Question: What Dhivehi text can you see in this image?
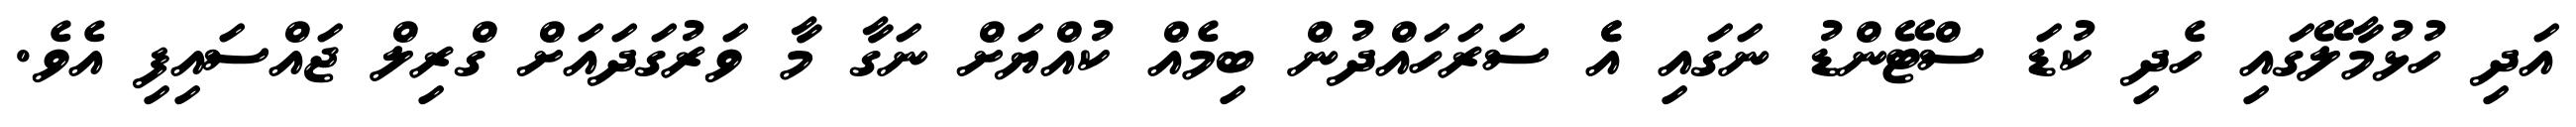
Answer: އަދި ހުޅުމާލޭގައި ހެދި ކުޑަ ސްޓޭންޑު ނަގައި އެެ ސަރަހައްދުން ބިމެއް ކުއްޔަށް ނަގާ މާ ވަރުގަދައަށް ގްރިލް ޖައްސައިފި އެވެ.